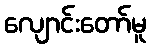
လျောင်းတော်မူ